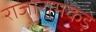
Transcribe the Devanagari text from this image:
राजारामकड़े